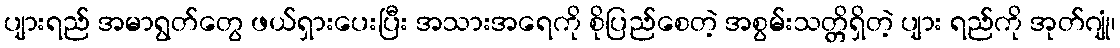
ပျားရည် အမာရွတ်တွေ ဖယ်ရှားပေးပြီး အသားအရေကို စိုပြည်စေတဲ့ အစွမ်းသတ္တိရှိတဲ့ ပျား ရည်ကို အုတ်ဂျုံ၊